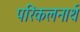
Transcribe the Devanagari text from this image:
परिकलनार्थ